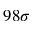
9 8 \sigma